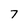
Character: 7